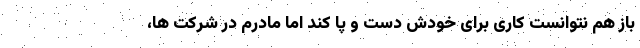
باز هم نتوانست کاری برای خودش دست و پا کند اما مادرم در شرکت ها،